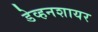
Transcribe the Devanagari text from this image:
डेव्हनशायर